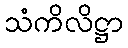
သံကိလိဋ္ဌာ